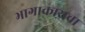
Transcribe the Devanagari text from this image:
भागाकाराचा